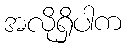
အလိုရှိပါက